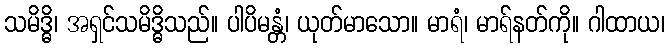
သမိဒ္ဓိ၊ အရှင်သမိဒ္ဓိသည်။ ပါပိမန္တံ၊ ယုတ်မာသော။ မာရံ၊ မာရ်နတ်ကို။ ဂါထာယ၊